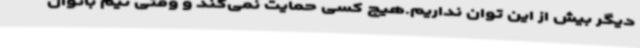
دیگر بیش از این توان نداریم.هیچ کسی حمایت نمی‌کند و وقتی تیم بانوان